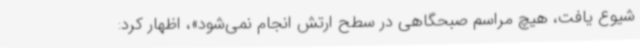
شیوع یافت، هیچ مراسم صبحگاهی در سطح ارتش انجام نمی‌شود»، اظهار کرد: